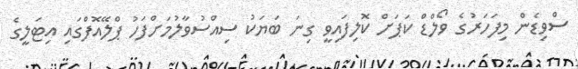
ސްވިޑެން މިފަހަރުގެ ވޯލްޑް ކަޕަށް ކޮލިފައިވީ ގިނަ ބަޔަކު ސިއްސުވާލުމަށްފަހު ޕްލޭއޮފްގައި އިޓަލީގެ